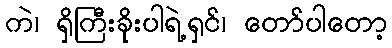
ကဲ၊ ရှိကြီးခိုးပါရဲ့ရှင်၊ တော်ပါတော့